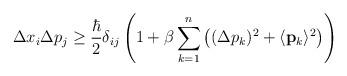
LaTeX: \begin{align*}\Delta x_i \Delta p_j \ge \frac{\hbar}{2}\delta_{ij} \left(1 + \beta \sum_{k=1}^{n} \left( (\Delta p_k)^2 + \langle {\bf{p}}_k\rangle^2\right) \right)\end{align*}